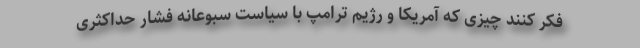
فکر کنند چیزی که آمریکا و رژیم ترامپ با سیاست سبوعانه فشار حداکثری